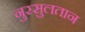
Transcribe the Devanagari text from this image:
नुरसुलतान